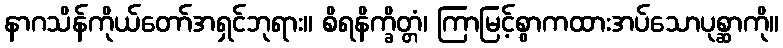
နာဂသိန်ကိုယ်တော်အရှင်ဘုရား။ စိရနိက္ခိတ္တံ၊ ကြာမြင့်စွာကထားအပ်သောပုစ္ဆာကို။